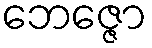
ဘေဇ္ဇော